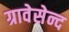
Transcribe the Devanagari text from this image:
ग्रावेसेन्द